Indian journal of veterinary science and animal husbandry - Volume 3,
Year: 1933
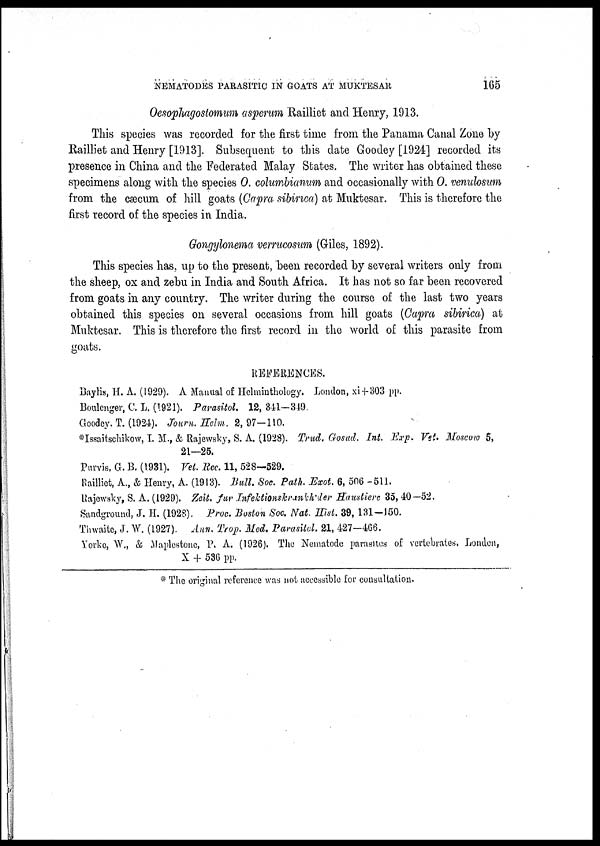
NEMATODES PARASITIC IN GOATS AT
MUKTESAR
165
Oesophagoslomum asperum Railliet and Henry, 1913.
This species was recorded for the first time from the Panama Canal Zone by
Railliet and Henry [1913]. Subsequent to this date Goodey [1924] recorded its
presence in China and the Federated Malay States. The writer has obtained these
specimens along with the species O. columbianum and occasionally with O. venulosum
from the cæcum of hill goats (Capra sibirica) at Muktesar. This is therefore the
first record of the species in India.
Gongylonema verrucosum (Giles, 1892).
This species has, up to the present, been recorded by several writers only from
the sheep, ox and zebu in India and South Africa. It has not so far been recovered
from goats in any country. The writer during the course of the last two years
obtained this species on several occasions from hill goats (Capra sibirica) at
Muktesar. This is therefore the first record in the world of this parasite from
goats.
REFERENCES.
Baylis, H. A. (1929). A Manual of Helminthology. London, xi+303 pp.
Boulenger, C. L. (1921). Parasitol. 12, 341—349.
Goodey. T. (1924). Journ. Helm. 2, 97-110.
*Issaitschikow, I. M., & Rajewsky, S. A. (1928). Trud. Gosud. Int. Exp. Vet. Moscow 5,
21—25.
Purvis, G. B. (1931). Vet. Rec. 11, 528—529.
Railliet, A., & Henry, A. (1913). Bull. Soc. Path. Exot. 6, 506 -511.
Rajewsky, S. A. (1929). Zeit. fur Infektionskrankhider Haustierc 35, 40—52.
Sandground, J. H. (1928). Proc. Boston Soc. Nat. Hist. 39, 131-150.
Thwaite, J. W. (1927). Ann. Trop. Med. Parasitol. 21, 427-466.
Yorke, W., & Maplestone, P. A. (1926). The Nematode parasites of vertebrates, Londen,
X + 536 pp.
* The original reference was not accessible for consultation.